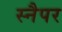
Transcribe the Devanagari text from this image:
स्नैपर